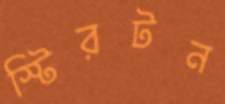
স্টিরটন